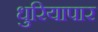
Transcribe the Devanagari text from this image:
धुरियापार